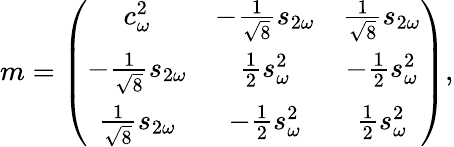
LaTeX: m=\left(\begin{array}{ccc}{{c_{\omega}^{2}}}&{{-\frac{1}{\sqrt{8}}s_{2\omega}}}&{{\frac{1}{\sqrt{8}}s_{2\omega}}}\\ {{-\frac{1}{\sqrt{8}}s_{2\omega}}}&{{\frac{1}{2}s_{\omega}^{2}}}&{{-\frac{1}{2}s_{\omega}^{2}}}\\ {{\frac{1}{\sqrt{8}}s_{2\omega}}}&{{-\frac{1}{2}s_{\omega}^{2}}}&{{\frac{1}{2}s_{\omega}^{2}}}\end{array}\right),